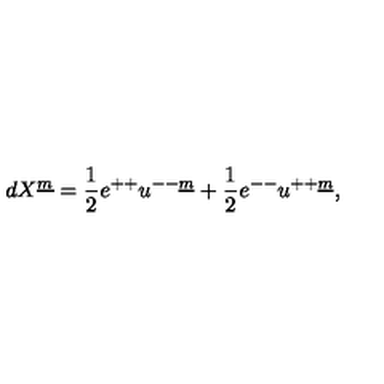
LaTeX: d X ^ { \underline { { m } } } = { \frac { 1 } { 2 } } e ^ { + + } u ^ { -- \underline { { m } } } + { \frac { 1 } { 2 } } e ^ { -- } u ^ { + + \underline { { m } } } ,